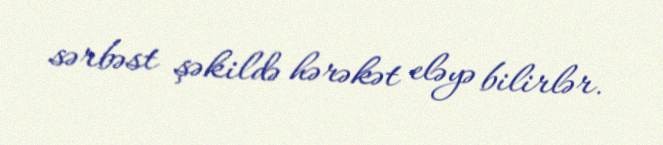
sərbəst şəkildə hərəkət eləyə bilirlər.